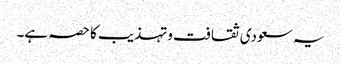
یہ سعودی ثقافت وتہذیب کا حصہ ہے۔